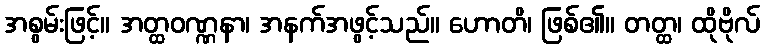
အစွမ်းဖြင့်။ အတ္ထဝဏ္ဏနာ၊ အနက်အဖွင့်သည်။ ဟောတိ၊ ဖြစ်၏။ တတ္ထ၊ ထိုဗိုလ်